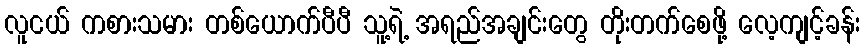
လူငယ် ကစားသမား တစ်ယောက်ပီပီ သူ့ရဲ့ အရည်အချင်းတွေ တိုးတက်စေဖို့ လေ့ကျင့်ခန်း